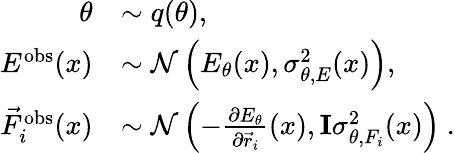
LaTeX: \begin{array}{rl}{\theta}&{\sim q(\theta),}\\ {E^{\mathrm{obs}}(x)}&{\sim\mathcal{N}\left(E_{\theta}(x),\sigma_{\theta,E}^{2}(x)\right),}\\ {\vec{F}_{i}^{\mathrm{obs}}(x)}&{\sim\mathcal{N}\left(-\frac{\partial E_{\theta}}{\partial\vec{r}_{i}}(x),\mathbf{I}\sigma_{\theta,F_{i}}^{2}(x)\right)\ .}\end{array}